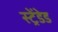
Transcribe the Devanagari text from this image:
स्ट्रेंडेड